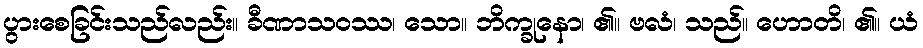
ပွားစေခြင်းသည်လည်း။ ခီဏာသဝဿ၊ သော။ ဘိက္ခုနော၊ ၏။ ဗလံ၊ သည်။ ဟောတိ၊ ၏။ ယံ